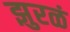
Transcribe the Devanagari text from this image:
झुरळं